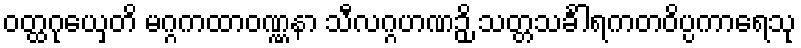
ဝတ္ထဂုယှေတိ မဂ္ဂကထာဝဏ္ဏနာ သီလဂ္ဂဟဏဉှိ သတ္တသင်္ခါရကတဝိပ္ပကာရေသု